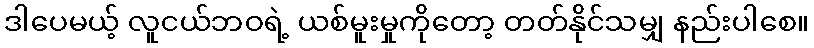
ဒါပေမယ့် လူငယ်ဘဝရဲ့ ယစ်မူးမှုကိုတော့ တတ်နိုင်သမျှ နည်းပါစေ။